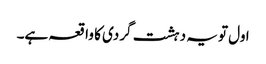
اول تو یہ دہشت گردی کا واقعہ ہے۔